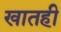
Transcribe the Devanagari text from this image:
खातही